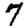
Digit: 7